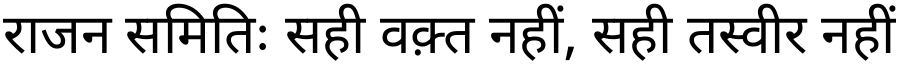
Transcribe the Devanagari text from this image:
राजन समितिः सही वक़्त नहीं, सही तस्वीर नहीं